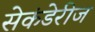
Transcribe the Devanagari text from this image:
सेकंडेरीज